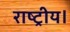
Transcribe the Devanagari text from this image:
राष्ट्रीय।